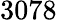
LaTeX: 3078